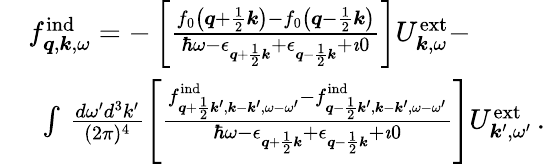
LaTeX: \begin{array}{rl}&{f_{\boldsymbol{q},\boldsymbol{k},\omega}^{\mathrm{ind}}=-\left[\frac{f_{0}\left(\boldsymbol{q}+\frac{1}{2}\boldsymbol{k}\right)-f_{0}\left(\boldsymbol{q}-\frac{1}{2}\boldsymbol{k}\right)}{\hbar\omega-\epsilon_{\boldsymbol{q}+\frac{1}{2}\boldsymbol{k}}+\epsilon_{\boldsymbol{q}-\frac{1}{2}\boldsymbol{k}}+\imath 0}\right]{U}_{\boldsymbol{k},\omega}^{\mathrm{ext}}-}\\ &{\, \, \, \int\, \frac{d\omega^{\prime}d^{3}k^{\prime}}{(2\pi)^{4}}\left[\frac{f_{\boldsymbol{q}+\frac{1}{2}\boldsymbol{k}^{\prime},\boldsymbol{k}-\boldsymbol{k}^{\prime},\omega-\omega^{\prime}}^{\mathrm{ind}}-f_{\boldsymbol{q}-\frac{1}{2}\boldsymbol{k}^{\prime},\boldsymbol{k}-\boldsymbol{k}^{\prime},\omega-\omega^{\prime}}^{\mathrm{ind}}}{\hbar\omega-\epsilon_{\boldsymbol{q}+\frac{1}{2}\boldsymbol{k}}+\epsilon_{\boldsymbol{q}-\frac{1}{2}\boldsymbol{k}}+\imath 0}\right]{U}_{\boldsymbol{k}^{\prime},\omega^{\prime}}^{\mathrm{ext}}\, .}\end{array}